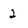
Character: 2